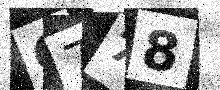
Text: G778